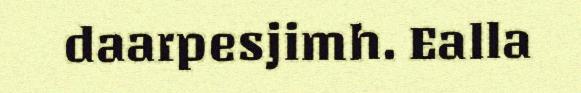
daarpesjimh. Ealla